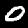
Label: 0